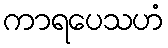
ကာရပေသဟံ